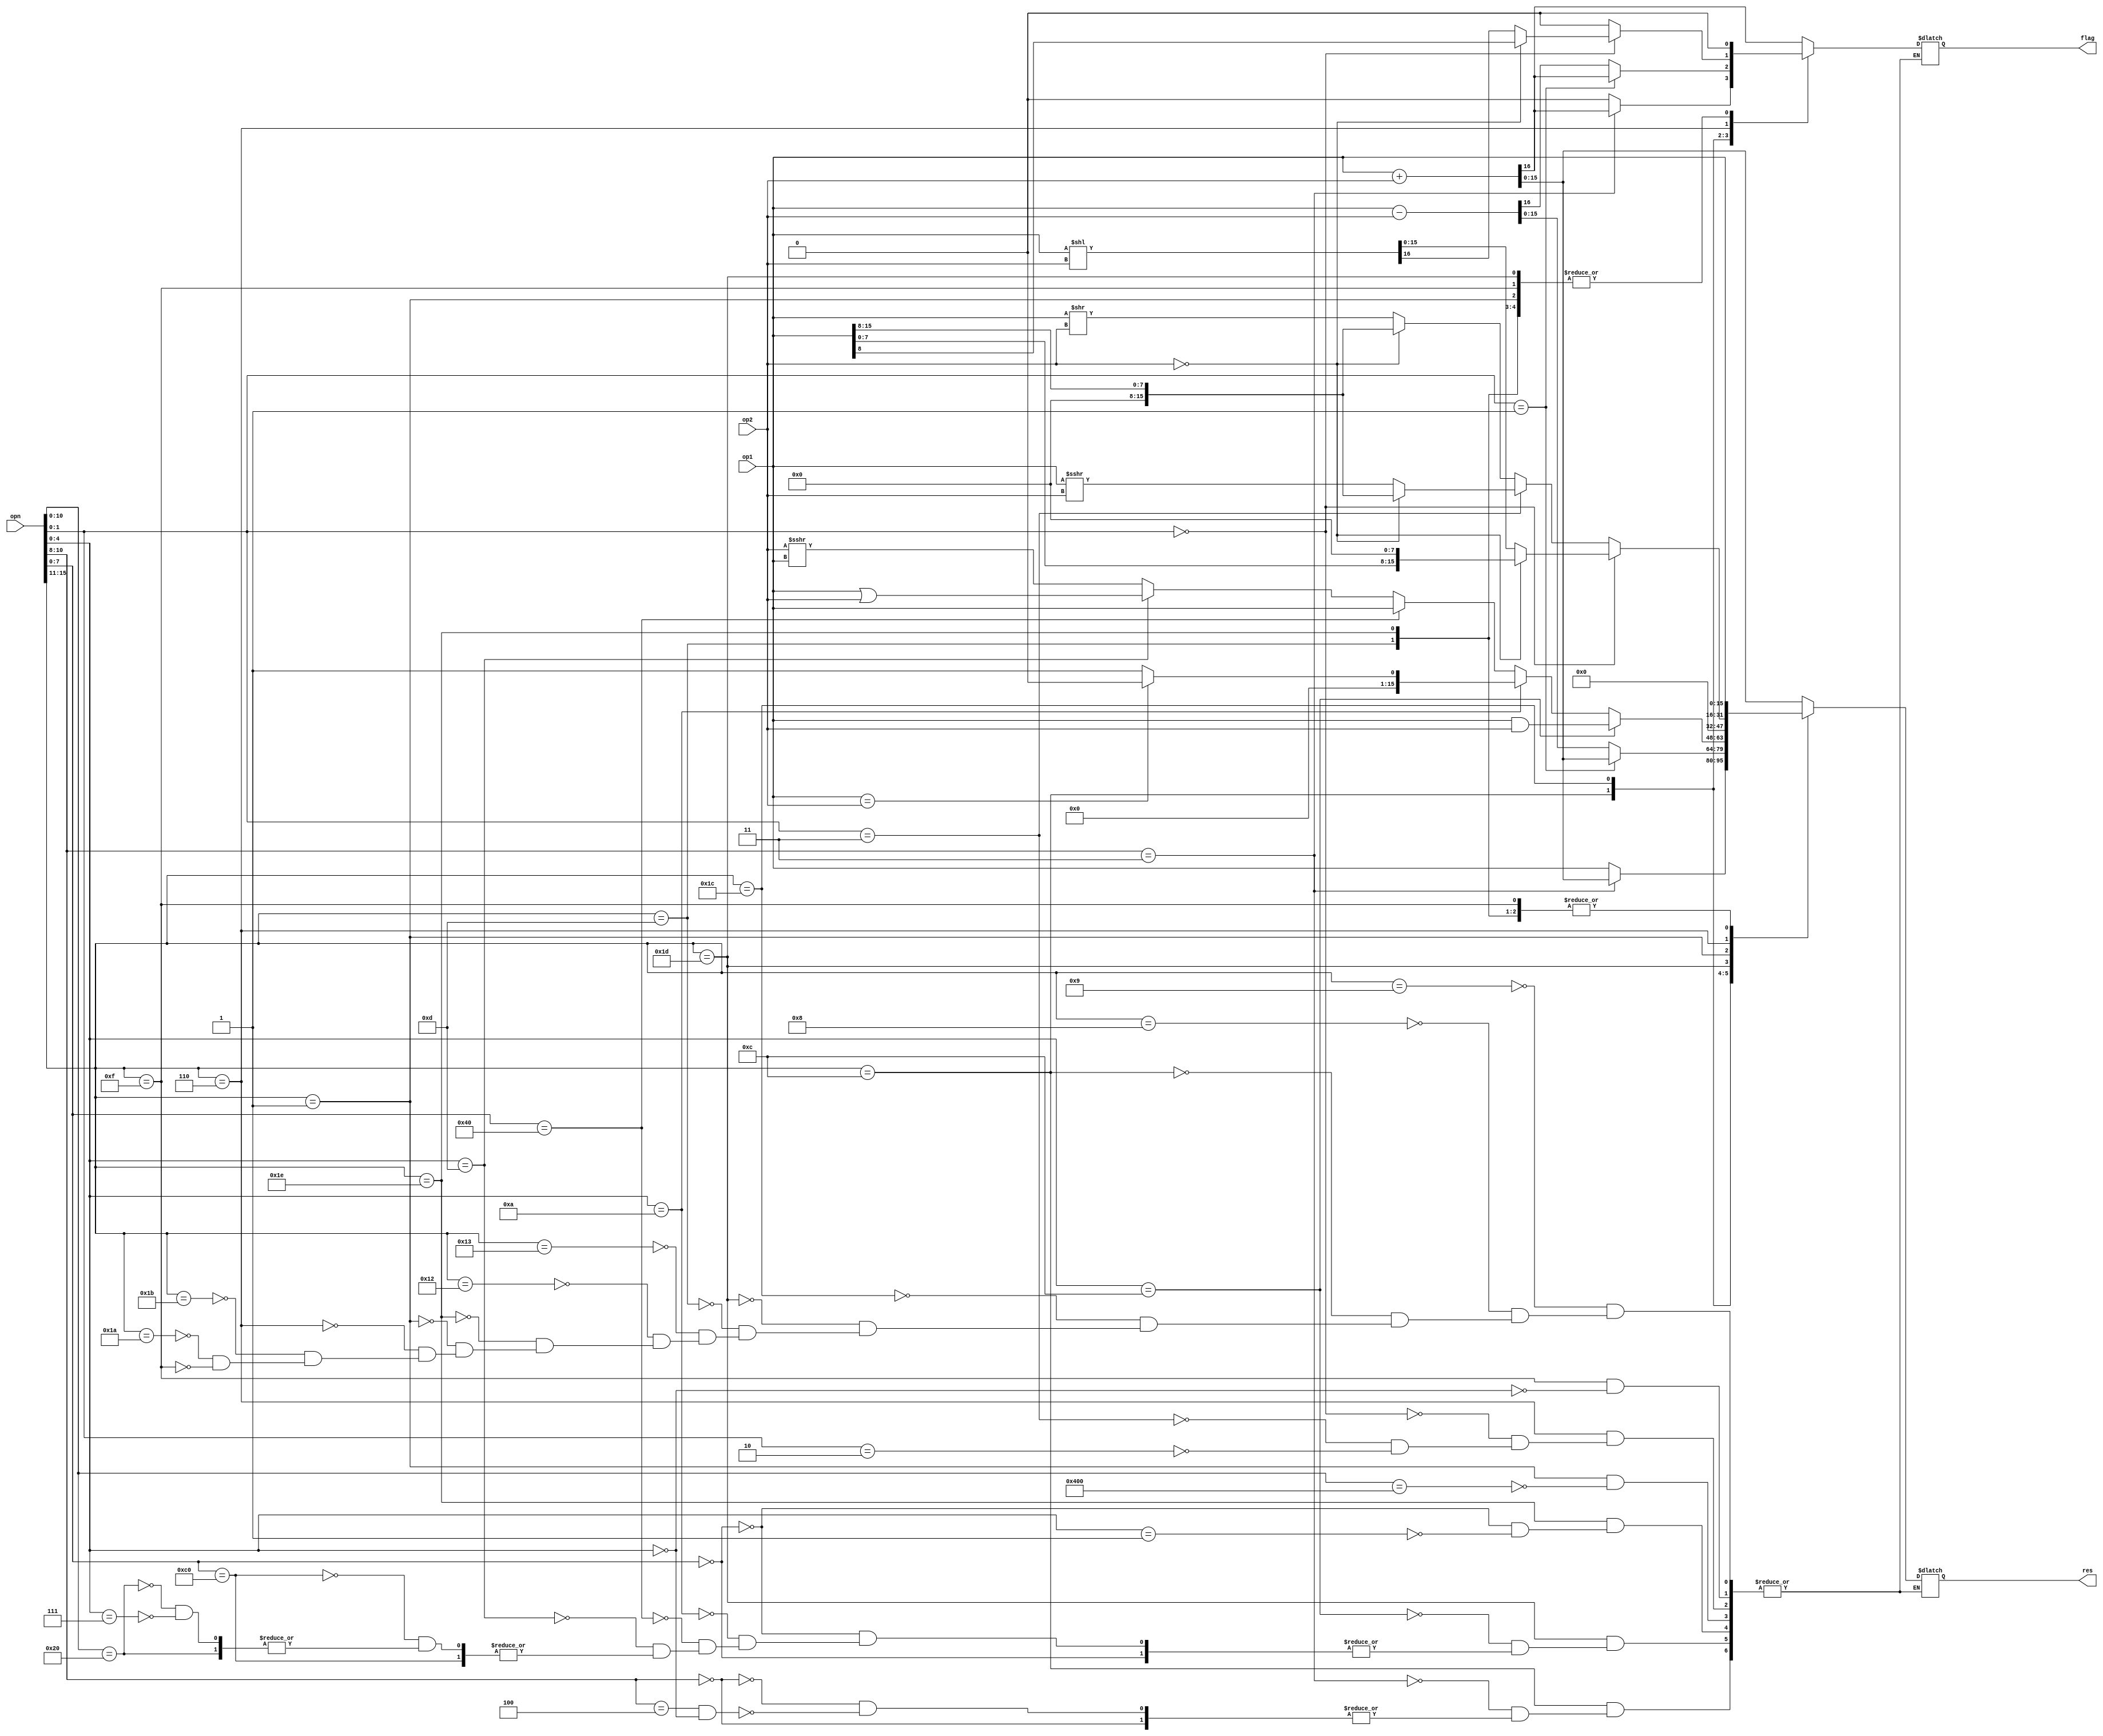
`timescale 1ns / 1ps
//////////////////////////////////////////////////////////////////////////////////
// Company: 
// Engineer: 
// 
// Design Name: 
// Module Name:    alu
// Project Name: 
// Target Devices: 
// Tool versions: 
// Description: 
//
// Dependencies: 
//
// Revision: 
// Revision 0.01 - File Created
// Additional Comments: 
//
//////////////////////////////////////////////////////////////////////////////////
module alu(
		input [15:0] opn,
		input [15:0] op1,
		input [15:0] op2,

		output reg [15:0] res,
		output reg flag
    );

	always @(*) begin
		case (opn[15:11])
			5'b01001: begin // ADDIU
				{flag,res} <= op1+op2;
			end
			5'b01000: begin // ADDIU3
				{flag,res} <= op1+op2;
			end
			5'b01100: begin
				if (opn[10:8] == 3'b011) begin // ADDSP
					{flag,res} <= op1+op2;
				end
				else if (opn[10:8] == 3'b000) begin // BTEQZ
				end
				else if ((opn[10:8] == 3'b100) && (opn[4:0] == 5'b00000)) begin // MTSP
					{flag,res} <= {1'b0,op1};
				end
			end
			5'b11100: begin 
				if (opn[1:0] == 2'b01) begin// ADDU
					{flag,res} <= op1+op2;
				end
				else begin //SUBU
					{flag,res} <= op1-op2;
				end
			end
			5'b11101: begin
				if (opn[4:0] == 5'b01100) begin // AND
					{flag,res} <= {1'b0,op1&op2};
				end
				else if (opn[7:0] == 8'b00000000) begin // JR
				end	
				else if (opn[4:0] == 5'b01010) begin //CMP
					if (op1 == op2) {flag,res} <= {1'b0,16'b0};
					else {flag,res} <= {1'b0,16'b1};
				end
				else if (opn[7:0] == 8'b01000000) begin //MFPC
					{flag,res} <= {1'b0,op1};
				end
				else if (opn[4:0] == 5'b01101) begin //OR
					{flag,res} <= {1'b0,op1|op2};
				end
				else if (opn[7:0] == 8'b11000000) begin //JALR
				end
				else if (opn[10:0] == 11'b00000100000) begin //JRRA
				end
				else if (opn[4:0] == 5'b00111) begin //SRAV
					{flag,res} <= {1'b0,op2>>>op1};
				end
			end
			5'b00010: begin // B
			end
			5'b00100: begin //BEQZ
			end
			5'b00101: begin //BNEZ
			end
			5'b01101: begin //LI
				{flag,res} <= {1'b0,op1};
			end
			5'b10011: begin // LW
				{flag,res} <= op1+op2;
			end
			5'b10010: begin //LW_SP
				{flag,res} <= op1+op2;
			end
			5'b11110: begin
				if (opn[7:0] == 8'b00000000) begin //MFIH
					{flag,res} <= {1'b0,op1};
				end
				else if (opn[4:0] == 8'b00000001) begin //MTIH
					{flag,res} <= {1'b0,op1};
				end
			end
			5'b00001: begin
				if (opn[10:0] == 11'b10000000000) begin //NOP
					{flag,res} <= {1'b0,16'b0};
				end
			end
			5'b00110: begin
				if (opn[1:0] == 2'b00) begin //SLL
					if (op2 == 0) {flag,res} <= op1 << 8;
					else {flag,res} <= op1 << op2;
				end
				else if (opn[1:0] == 2'b11) begin //SRA
					if (op2 == 0) {flag,res} <= {1'b0,op1 >>> 8};
					else {flag,res} <= {1'b0,op1 >>> op2};
				end
				else if (opn[1:0] == 2'b10) begin //SRL
					if (op2 == 0) {flag,res} <= {1'b0,op1 >> 8};
					else {flag,res} <= {1'b0,op1 >> op2};
				end
			end
			5'b11011: begin //SW
				{flag,res} <= op1+op2;
			end
			5'b11010: begin //SW_SP
				{flag,res} <= op1+op2;
			end
			5'b01111: begin
				if (opn[4:0] == 5'b00000) begin //MOVE
					{flag,res} <= {1'b0,op1};
				end
			end
		endcase
	end


endmodule